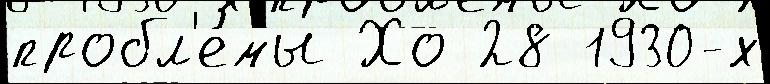
пробл'е́мы Хо 28 1930-х